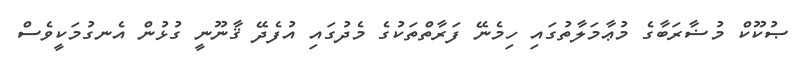
ޞުކޫކް މުޟާރަބާގެ މުޢާމަލާތުގައި ހިމެނޭ ފަރާތްތަކުގެ މެދުގައި އުފެދޭ ޤާނޫނީ ގުޅުން އެނގުމަކީވެސް